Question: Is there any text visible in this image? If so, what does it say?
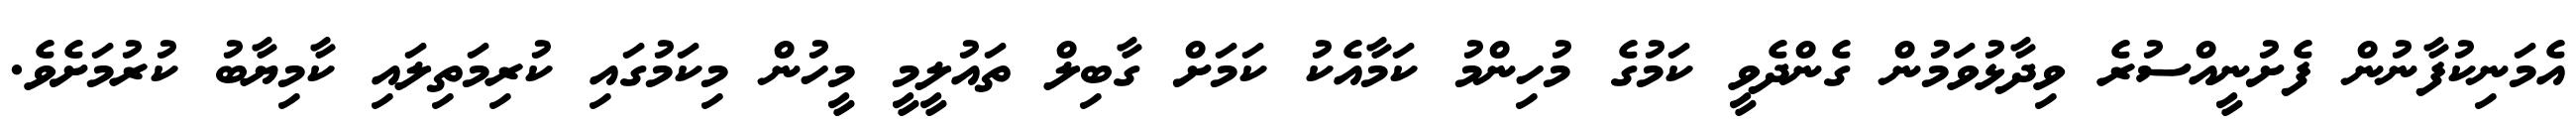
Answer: އެމަނިކުފާނުން ފެށުނީއްސުރެ ވިދާޅުވަމުން ގެންދެވީ ކަމުގެ މުހިންމު ކަމާއެކު ކަމަށް ގާބިލް ތައުލީމީ މީހުން މިކަމުގައި ކުރިމަތިލައި ކާމިޔާބު ކުރުމަށެވެ.